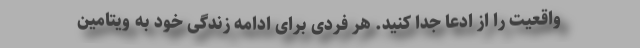
واقعیت را از ادعا جدا کنید. هر فردی برای ادامه زندگی خود به ویتامین